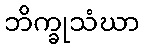
ဘိက္ခုသံဃာ